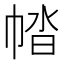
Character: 𢃕